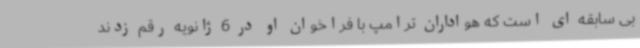
بی سابقه ای است که هواداران ترامپ با فراخوان او در 6 ژانویه رقم زدند